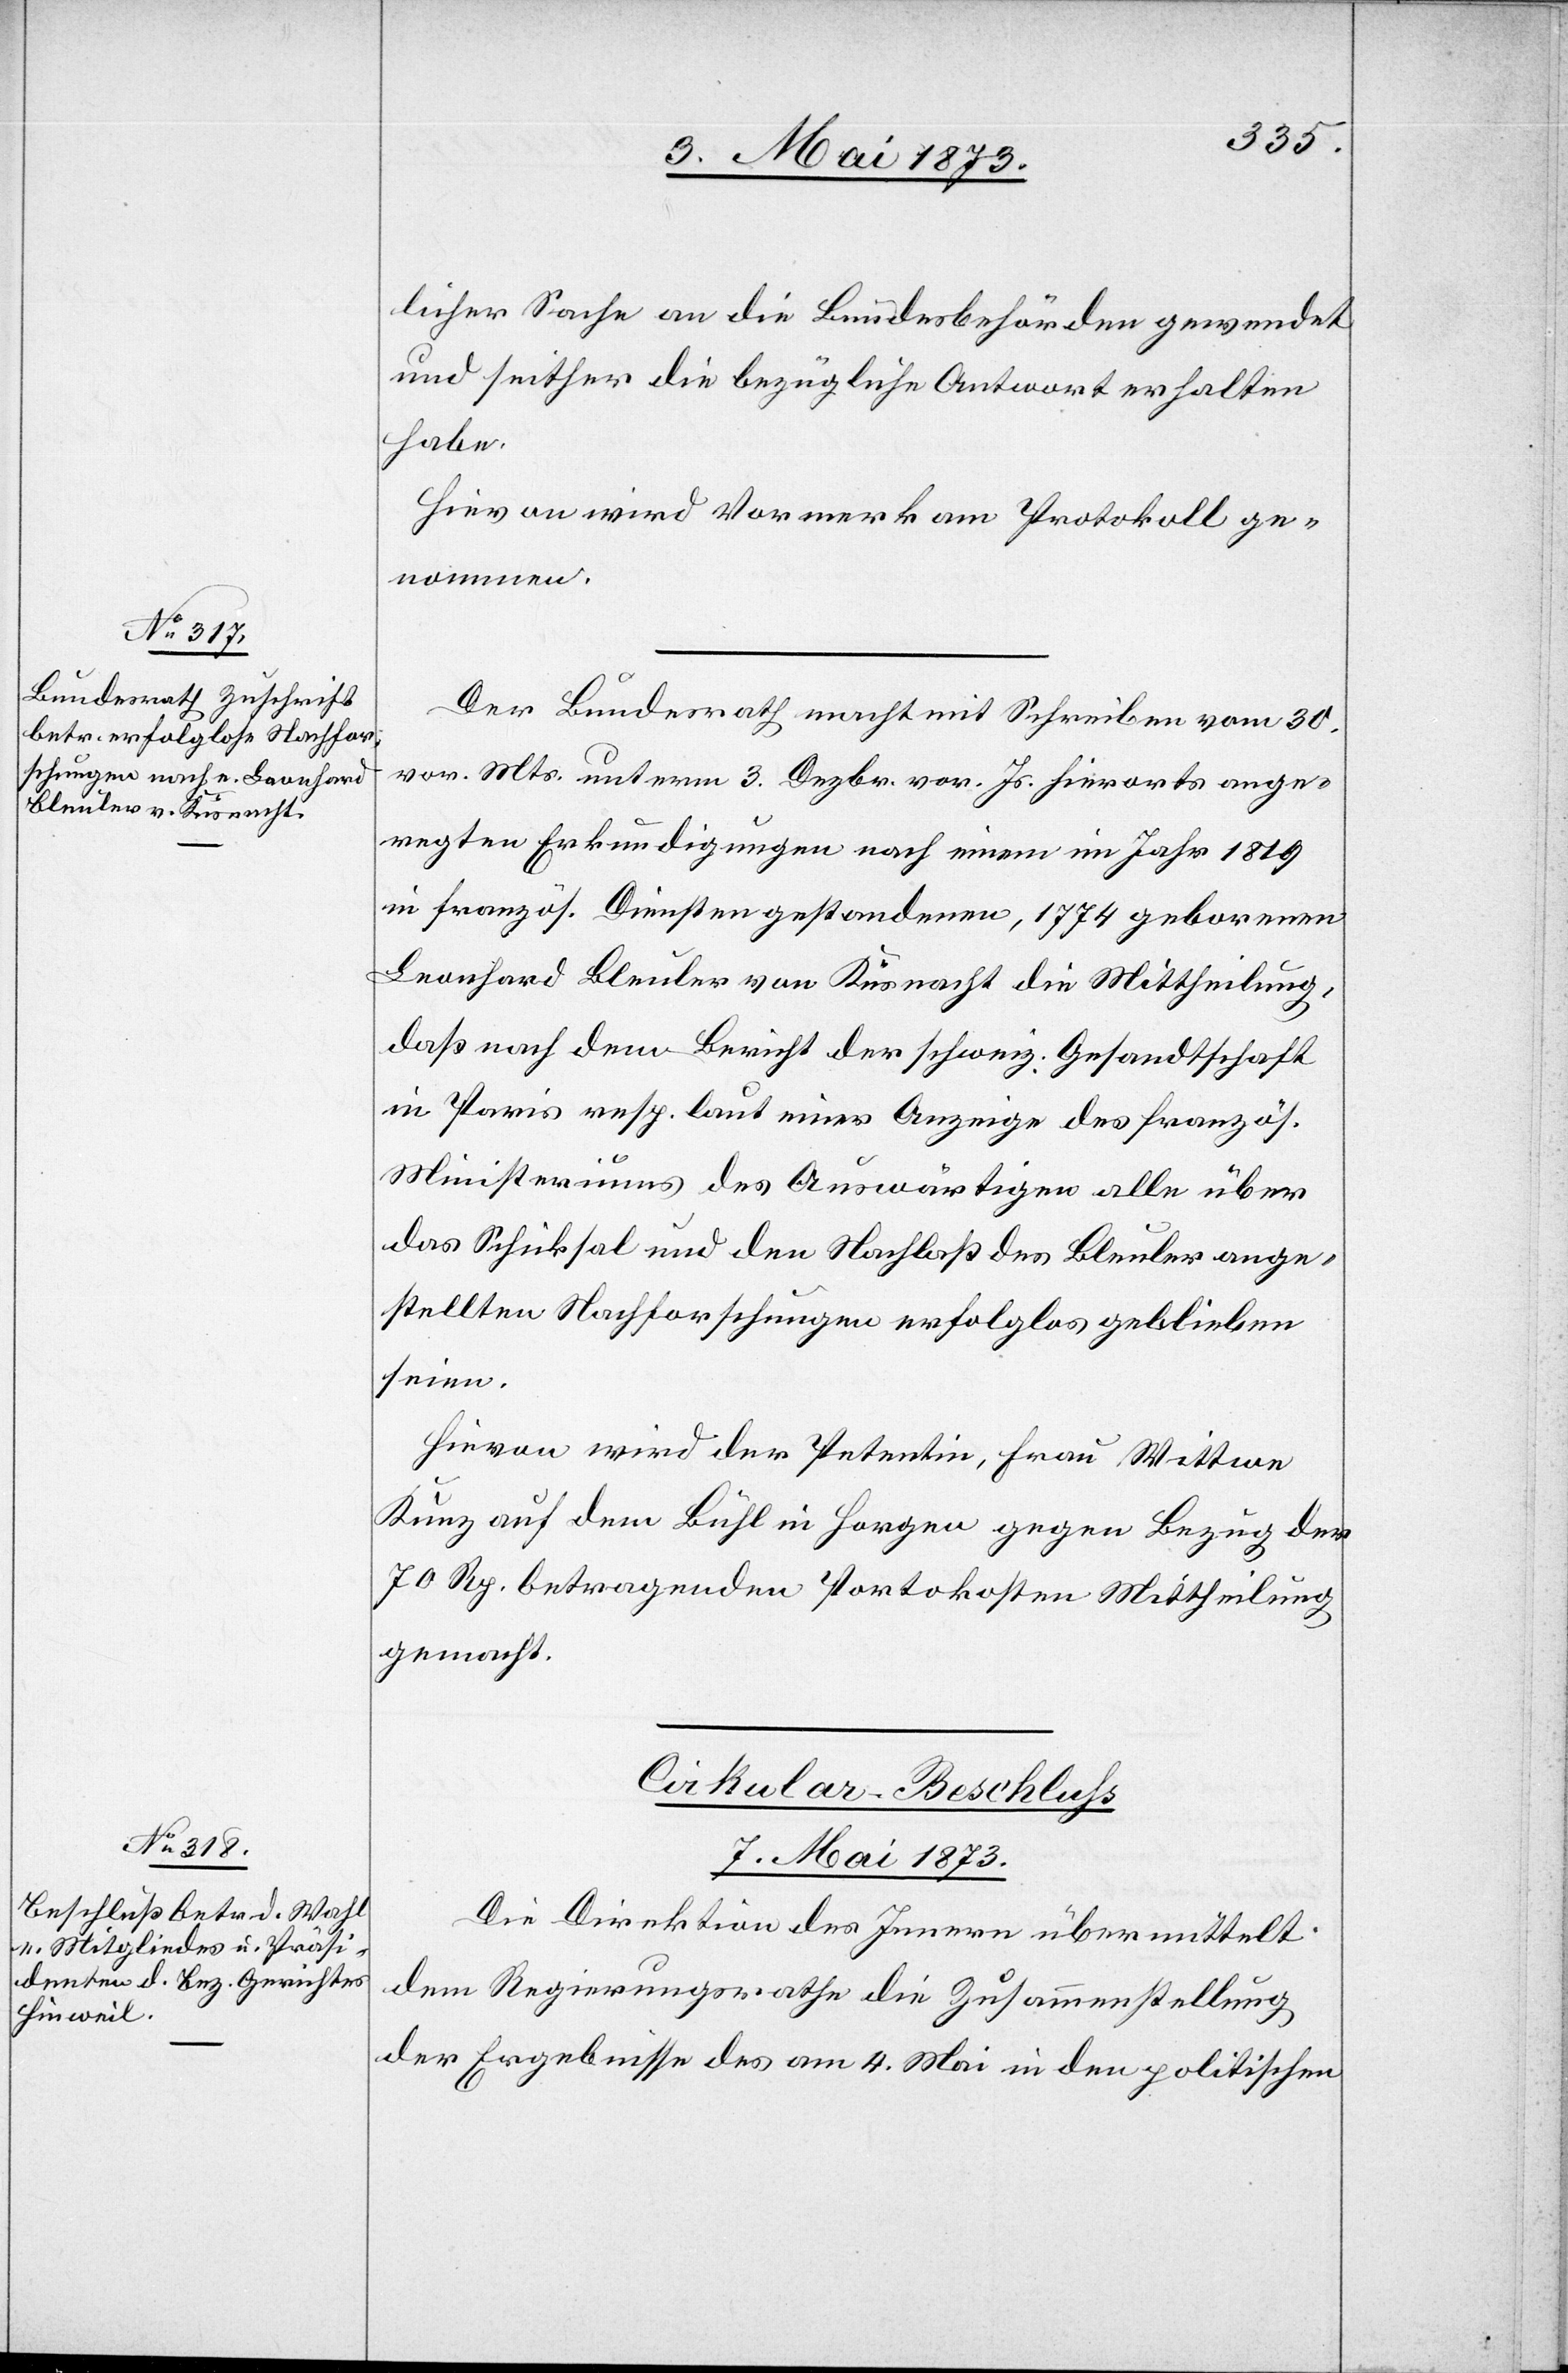
licher Sache an die Bundesbehörden gewendet
und seither die bezügliche Antwort erhalten
habe.
Hievon wird Vormerk am Protokoll ge¬
nommen.
Der Bundesrath macht mit Schreiben vom 30.
vor. Mts. unterm 3. Dezbr. vor. Js. hierorts ange¬
regten Erkundigungen nach einem im Jahr 1819
in französ. Diensten gestandenen, 1774 geborenen
Leonhard Bleuler von Küsnacht die Mittheilung,
daß nach dem Bericht der schweiz. Gesandtschaft
in Paris resp. laut einer Anzeige des französ.
Ministeriums des Auswärtigen alle über
das Schicksal und den Nachlaß des Bleuler ange¬
stellten Nachforschungen erfolglos geblieben
seien.
Hievon wird der Petentin, Frau Wittwe
Kunz auf dem Bühl in Horgen gegen Bezug der
70 Rp. betragenden Portokosten Mittheilung
gemacht.
Cirkular-Beschluss
7. Mai 1873.
Die Direktion des Innern übermittelt
dem Regierungsrathe die Zusammenstellung
der Ergebnisse des am 4. Mai in den politischen